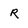
Character: r